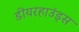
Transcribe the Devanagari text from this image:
डीयरहाउंड्स